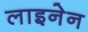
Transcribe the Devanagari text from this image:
लाइनेन